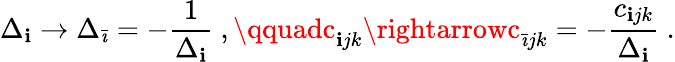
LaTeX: \Delta_{\mathbf{i}}\rightarrow\Delta_{\bar{{\imath}}}=-{\frac{{1}}{{\Delta_{\mathbf{i}}}}}\ ,\qquadc_{\mathbf{i}jk}\rightarrowc_{\bar{{\imath}}jk}=-{\frac{{c_{\mathbf{i}jk}}}{{\Delta_{\mathbf{i}}}}}\ .